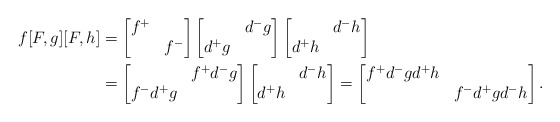
\begin{align*}f[F,g][F,h] &= \begin{bmatrix} f^{+} & \\ & f^{-} \end{bmatrix} \begin{bmatrix} & d^{-}g \\ d^{+}g & \end{bmatrix} \begin{bmatrix} & d^{-}h \\ d^{+}h & \end{bmatrix} \\ &= \begin{bmatrix} & f^{+}d^{-}g \\ f^{-}d^{+}g & \end{bmatrix} \begin{bmatrix} & d^{-}h \\ d^{+}h & \end{bmatrix} = \begin{bmatrix} f^{+}d^{-}gd^{+}h & \\ & f^{-}d^{+}gd^{-}h\end{bmatrix}.\end{align*}